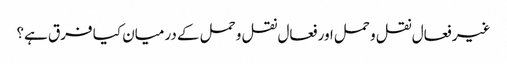
غیر فعال نقل و حمل اور فعال نقل و حمل کے درمیان کیا فرق ہے؟